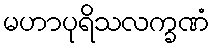
မဟာပုရိသလက္ခဏံ